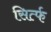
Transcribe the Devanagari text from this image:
सिर्त्फ